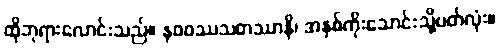
ထိုဘုရားလောင်းသည်။ နဝဝဿသတဿာနိ၊ အနှစ်ကိုးသောင်းသို့ပတ်လုံး။